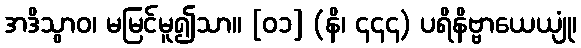
အဒိသွာဝ၊ မမြင်မူ၍သာ။ [၀၁] (နိ၊ ၄၄၄) ပရိနိဗ္ဗာယေယျုံ၊